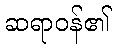
ဆရာဝန်၏